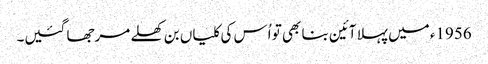
1956ء میں پہلا آئین بنا بھی تو اُس کی کلیاں بن کھلے مرجھا گئیں۔